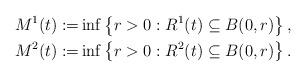
LaTeX: \begin{align*} M^1(t):=&\inf \left\{r>0:R^1(t)\subseteq B(0,r)\right\}, \\ M^2(t):=&\inf \left\{r>0:R^2(t)\subseteq B(0,r)\right\}. \end{align*}